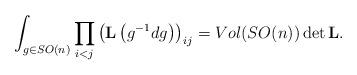
LaTeX: \begin{align*}\int_{g\in SO(n)}\prod_{i<j}\left({\bf L}\left(g^{-1}dg\right)\right)_{ij} =Vol(SO(n)) \det {\bf L}.\end{align*}